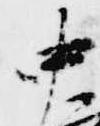
中